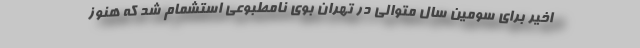
اخیر برای سومین سال متوالی در تهران بوی نامطبوعی استشمام شد که هنوز